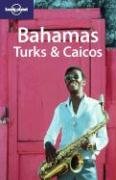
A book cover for Lonely Planet Bahamas, Turks & Caicos (Lonely Planet Bahamas, Turks and Caicos); Jean-Bernard Carillet; Travel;